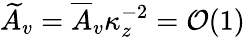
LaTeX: \widetilde A_{v}=\overline{{A}}_{v}\kappa_{z}^{-2}=\mathcal{O}(1)